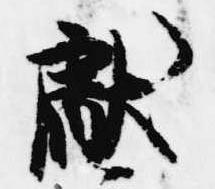
献